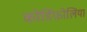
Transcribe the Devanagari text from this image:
कोर्डिफ़ोलिया